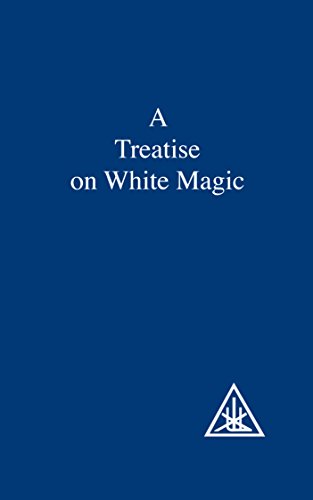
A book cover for A Treatise on White Magic or The Way of the Disciple; Alice A. Bailey; Religion & Spirituality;